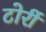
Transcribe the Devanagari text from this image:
टोर्री